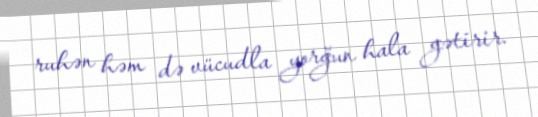
ruhən həm də vücudla yorğun hala gətirir.